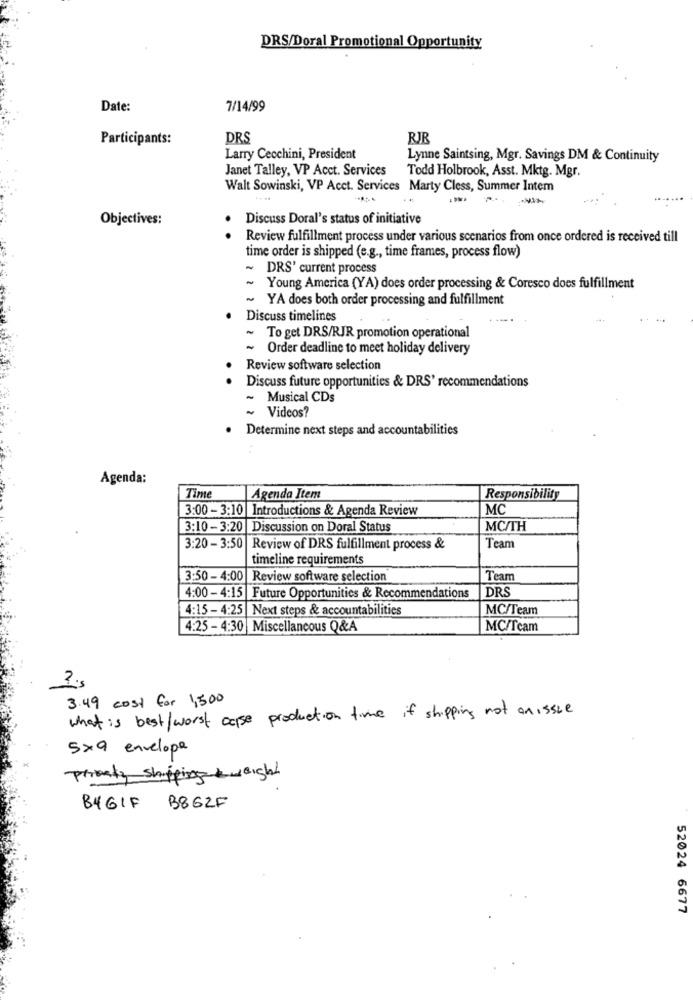
DRS/Doral Promotional Opportunity
Date:
7/14/99
Participants:
DRS
RIB
Larry Cecchini, President
Lynne Saintsing, Mgr. Savings DM & Continuity
Janet Talley, VP Acct. Services
Todd Holbrook, Asst. Mktg. Mgr.
Walt Sowinski, VP Acct. Services Marty Cless, Summer Intem
Objectives:
Discuss Doral's status of initiative
. .
Review fulfillment process under various scenarios from once ordered is received till
time order is shipped (e.g ., time frames, process flow)
~ DRS' current process
· Young America (YA) does order processing & Coresco does fulfillment
~ YA does both order processing and fulfillment
Discuss timelines
~ To get DRS/RJR promotion operational
~ Order deadline to meet holiday delivery
Review software selection
Discuss future opportunities & DRS' recommendations
~ Musical CDs
~ Videos?
Determine next steps and accountabilities
Agenda:
Time
Agenda Item
Responsibility
3:00 - 3:10 Introductions & Agenda Review
MC
3:10 - 3:20 Discussion on Doral Status
MC/TH
3:20 - 3:50 Review of DRS fulfillment process &
Team
timeline requirements
3:50 - 4:00 Review software selection
Team
DRS
4:00 - 4:15 Future Opportunities & Recommendations
4:15 - 4:25 |Next steps & accountabilities
MC/Team
4:25 - 4:30 Miscellaneous Q&A
MC/Team
3.49 cost for 1,500
what is best/worst case production time if shipping not an issue
5×9 envelope
Priority shipping weight
B862F
B4GIF
52024 6677